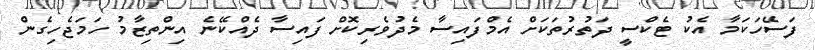
ފަސޭހަކަމާ އެކު ޓެކްސީ ދަތުރުތަކަށް އެމްފައިސާ މެދުވެރިކޮށް ފައިސާ ދެއްކޭނެ އިންތިޒާމު ހަމަޖެހިގެން